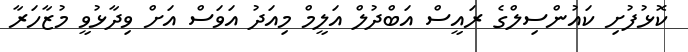
ކޮޅުފުށި ކައުންސިލްގެ ރައީސް އަބްދުލް އަލީމް މިއަދު އަވަސް އަށް ވިދާޅުވީ މުޒާހަރާ